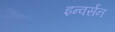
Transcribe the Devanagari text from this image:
इन्वर्सन